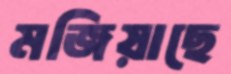
মজিয়াছে